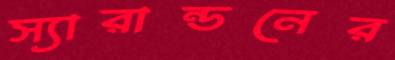
স্যারান্ডনের